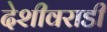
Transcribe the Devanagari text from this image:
देशीवराडी